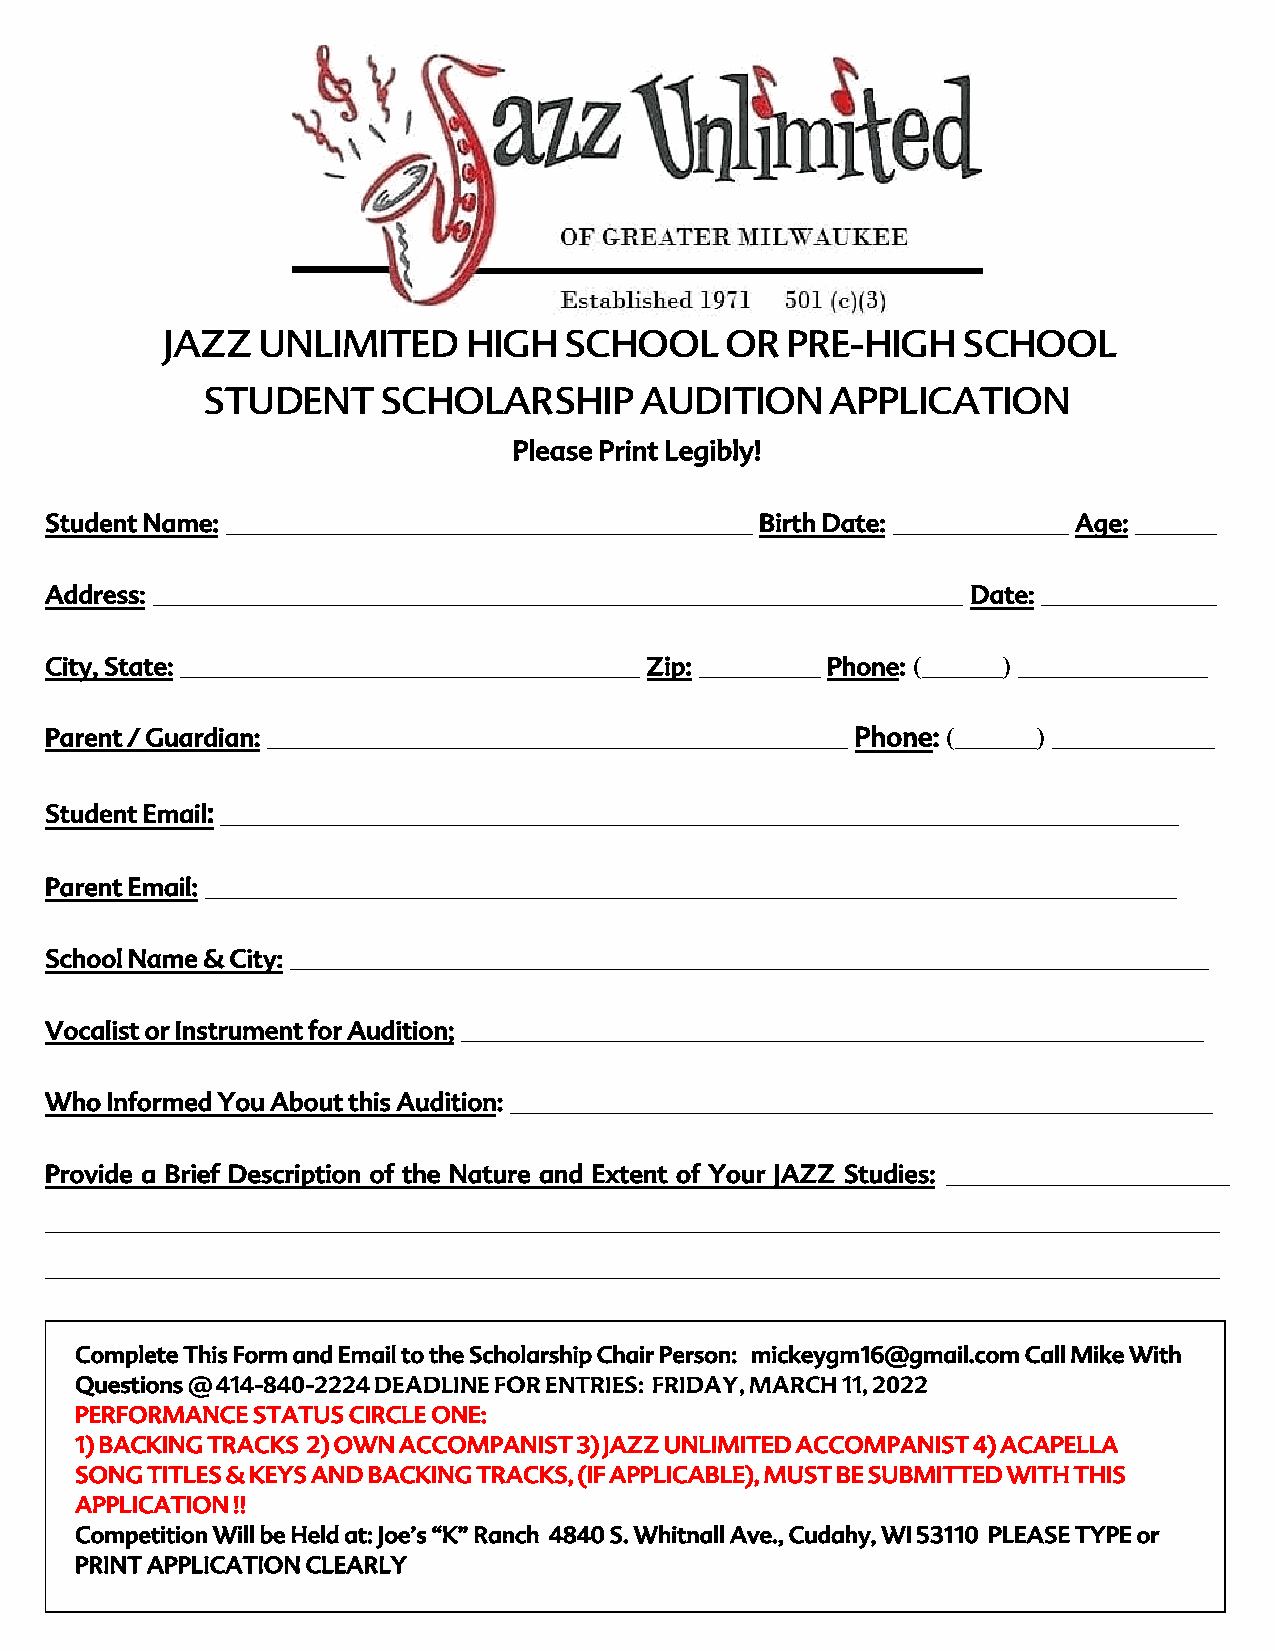
JAZZ  UNLIMITED     HIGH  SCHOOL     OR  PRE-HIGH    SCHOOL
 STUDENT     SCHOLARSHIP      AUDITION     APPLICATION
 Please Print Legibly!
 Student Name: _______________________________________ Birth Date: _____________ Age: ______
 Address: ____________________________________________________________ Date: _____________
 City, State: __________________________________ Zip: _________ Phone: (______) ______________
 Parent / Guardian: ___________________________________________ Phone: (______) ____________
 Student Email: _______________________________________________________________________
 Parent Email: ________________________________________________________________________
 School Name & City: ____________________________________________________________________
 Vocalist or Instrument for Audition; _______________________________________________________
 Who Informed You About this Audition: ____________________________________________________
 Provide a Brief Description of the Nature and Extent of Your JAZZ Studies: _____________________
 _______________________________________________________________________________________
 _______________________________________________________________________________________
 Complete This Form and Email to the Scholarship Chair Person: mickeygm16@gmail.com Call Mike With
 Questions @ 414-840-2224 DEADLINE FOR ENTRIES: FRIDAY, MARCH 11, 2022
 PERFORMANCE STATUS CIRCLE ONE:
 1) BACKING TRACKS 2) OWN ACCOMPANIST 3) JAZZ UNLIMITED ACCOMPANIST 4) ACAPELLA
 SONG TITLES & KEYS AND BACKING TRACKS, (IF APPLICABLE), MUST BE SUBMITTED WITH THIS
 APPLICATION !!
 Competition Will be Held at: Joe’s “K” Ranch 4840 S. Whitnall Ave., Cudahy, WI 53110 PLEASE TYPE or
 PRINT APPLICATION CLEARLY